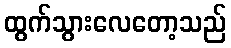
ထွက်သွားလေတော့သည်